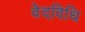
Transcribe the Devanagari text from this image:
वेदविधि